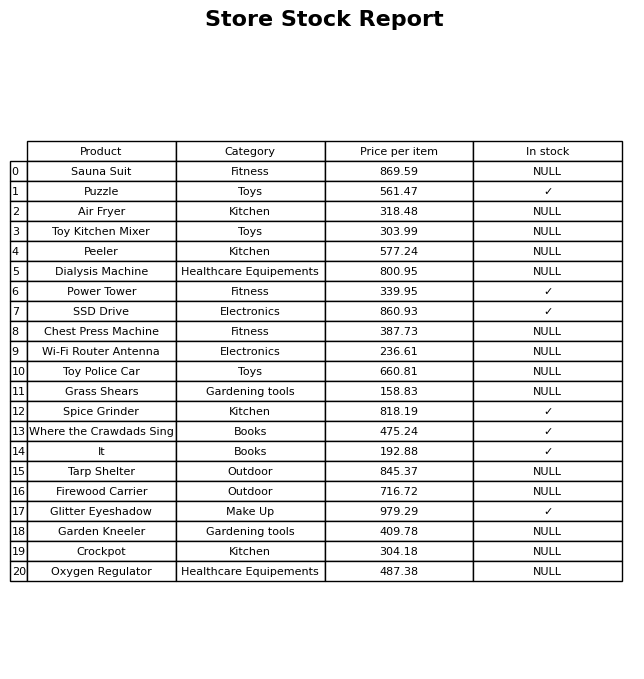
question: Is the SSD Drive in stock?
answer: ✓